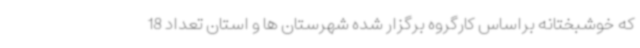
که خوشبختانه براساس کارگروه برگزار شده شهرستان ها و استان تعداد 18